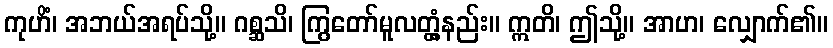
ကုဟိံ၊ အဘယ်အရပ်သို့။ ဂစ္ဆသိ၊ ကြွတော်မူလတ္တံ့နည်း။ ဣတိ၊ ဤသို့။ အာဟ၊ လျှောက်၏။